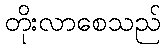
တိုးလာစေသည်